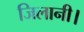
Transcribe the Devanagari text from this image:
जिलानी।